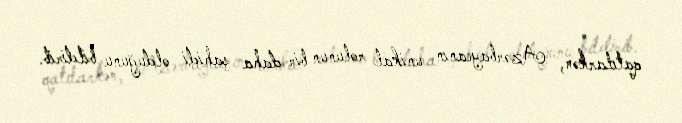
qatılarkən, Azərbaycanın unikal rolunun bir daha şahidi olduğunu bildirib.